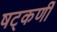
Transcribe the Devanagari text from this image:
षट्‌कर्णीं